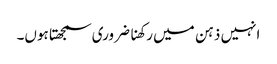
انہیں ذہن میں رکھنا ضروری سمجھتا ہوں۔